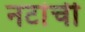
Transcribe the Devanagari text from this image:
नटांची